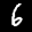
Label: 6